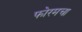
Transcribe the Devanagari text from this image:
फोरमचा